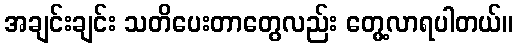
အချင်းချင်း သတိပေးတာတွေလည်း တွေ့လာရပါတယ်။